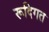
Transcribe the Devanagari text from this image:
रूदिगत